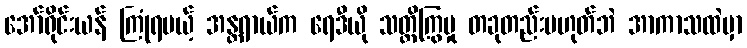
အော်ရိုင်းယန် ကြုံရမယ့် အန္တရာယ်က ရေဒီယို သတ္တိကြွမှု တခုတည်းမဟုတ်ဘဲ အာကာသထဲမှာ